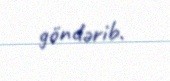
göndərib.